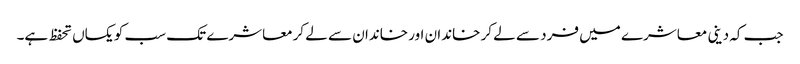
جب کہ دینی معاشرے میں فرد سے لے کر خاندان اور خاندان سے لے کرمعاشرے تک سب کو یکساں تحفظ ہے۔